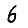
Digit: 6